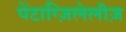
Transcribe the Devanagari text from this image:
पेंटाग्ज़िलेलीज़